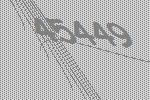
45449